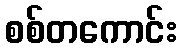
စစ်တကောင်း